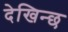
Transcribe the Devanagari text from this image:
देखिन्छ